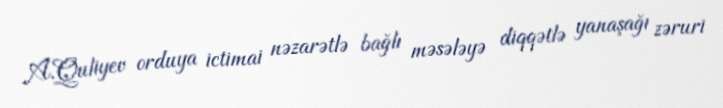
A.Quliyev orduya ictimai nəzarətlə bağlı məsələyə diqqətlə yanaşağı zəruri